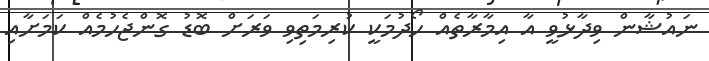
ނައުޝާން ވިދާޅުވީ އާ އިމާރާތެއް ހޯދުމަކީ ކުރިމަތިވި ވަރަށް ބޮޑު ގޮންޖެހުމެއް ކަމަށާއި